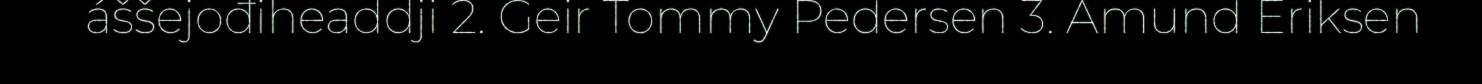
áššejođiheaddji 2. Geir Tommy Pedersen 3. Amund Eriksen